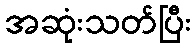
အဆုံးသတ်ပြီး